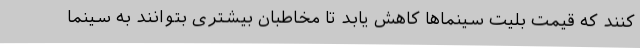
کنند که قیمت بلیت سینماها کاهش یابد تا مخاطبان بیشتری بتوانند به سینما